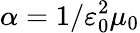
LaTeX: \alpha=1/\varepsilon_{0}^{2}\mu_{0}